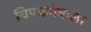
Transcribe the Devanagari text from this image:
चिपकनेवाला